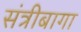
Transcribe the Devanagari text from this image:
संत्रीबागा